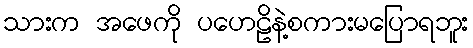
သားက အဖေကို ပဟေဠိနဲ့စကားမပြောရဘူး